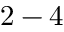
2 - 4